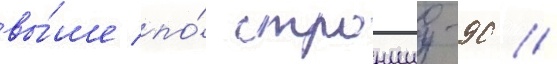
вы́ше по́ стронциу-90 //